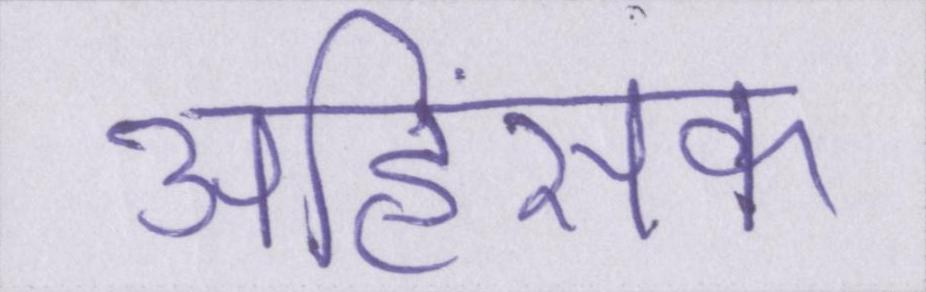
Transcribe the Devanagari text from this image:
अहिंसक